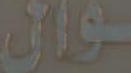
وان